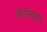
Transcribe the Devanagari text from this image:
थोड़ीबहुत